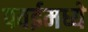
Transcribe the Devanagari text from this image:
पवईमध्ये